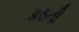
કઠતી